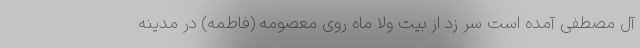
آل مصطفی آمده است سر زد از بیت ولا ماه روی معصومه (فاطمه) در مدینه